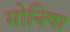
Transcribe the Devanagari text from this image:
मोनिषा